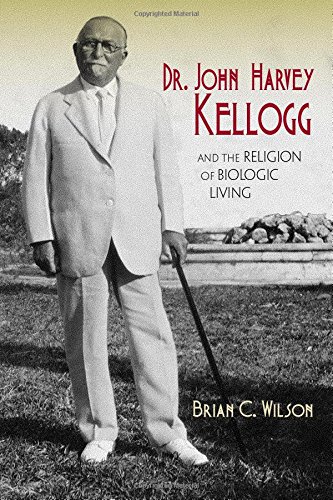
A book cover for Dr. John Harvey Kellogg and the Religion of Biologic Living; Brian C. Wilson; Christian Books & Bibles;